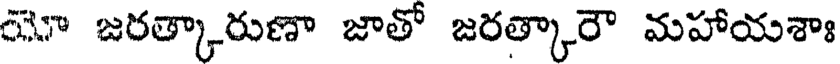
యో జరత్కారుణా జాతో జరత్కారౌ మహాయశాః